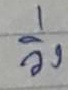
วิ่ง